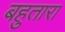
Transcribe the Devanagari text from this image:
बहुतारा